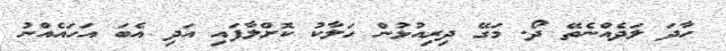
ހާދަ ލަދެއްނެތޭ ދޯ. މަގޭ ދިރިއުޅުން ހަލާކު ކޮށްލާފައި އަދި އެބަ އަހައެއްނު